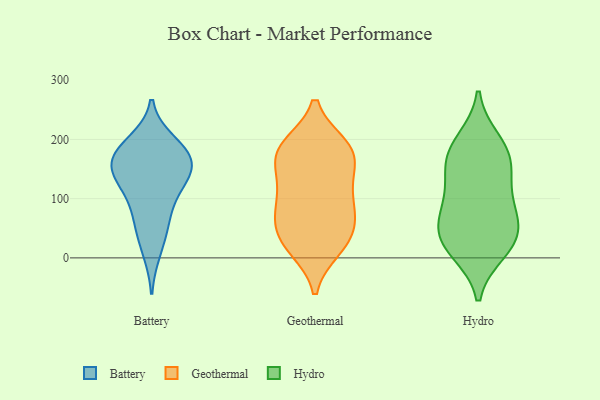
{"axis": {"x": "Bounce Rate (%)", "y": "Value"}, "legend": ["Battery", "Geothermal", "Hydro"], "data": [{"x": "", "y": 169, "type": "Battery"}, {"x": "", "y": 195, "type": "Battery"}, {"x": "", "y": 125, "type": "Battery"}, {"x": "", "y": 11, "type": "Battery"}, {"x": "", "y": 186, "type": "Battery"}, {"x": "", "y": 130, "type": "Battery"}, {"x": "", "y": 145, "type": "Battery"}, {"x": "", "y": 98, "type": "Battery"}, {"x": "", "y": 151, "type": "Battery"}, {"x": "", "y": 174, "type": "Battery"}, {"x": "", "y": 164, "type": "Battery"}, {"x": "", "y": 63, "type": "Battery"}, {"x": "", "y": 53, "type": "Battery"}, {"x": "", "y": 184, "type": "Geothermal"}, {"x": "", "y": 23, "type": "Geothermal"}, {"x": "", "y": 69, "type": "Geothermal"}, {"x": "", "y": 87, "type": "Geothermal"}, {"x": "", "y": 189, "type": "Geothermal"}, {"x": "", "y": 190, "type": "Geothermal"}, {"x": "", "y": 66, "type": "Geothermal"}, {"x": "", "y": 51, "type": "Geothermal"}, {"x": "", "y": 42, "type": "Geothermal"}, {"x": "", "y": 166, "type": "Geothermal"}, {"x": "", "y": 168, "type": "Geothermal"}, {"x": "", "y": 17, "type": "Geothermal"}, {"x": "", "y": 140, "type": "Geothermal"}, {"x": "", "y": 189, "type": "Geothermal"}, {"x": "", "y": 106, "type": "Geothermal"}, {"x": "", "y": 15, "type": "Geothermal"}, {"x": "", "y": 133, "type": "Geothermal"}, {"x": "", "y": 101, "type": "Geothermal"}, {"x": "", "y": 146, "type": "Hydro"}, {"x": "", "y": 32, "type": "Hydro"}, {"x": "", "y": 102, "type": "Hydro"}, {"x": "", "y": 33, "type": "Hydro"}, {"x": "", "y": 153, "type": "Hydro"}, {"x": "", "y": 68, "type": "Hydro"}, {"x": "", "y": 20, "type": "Hydro"}, {"x": "", "y": 169, "type": "Hydro"}, {"x": "", "y": 90, "type": "Hydro"}, {"x": "", "y": 197, "type": "Hydro"}, {"x": "", "y": 58, "type": "Hydro"}, {"x": "", "y": 12, "type": "Hydro"}, {"x": "", "y": 185, "type": "Hydro"}]}